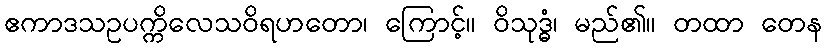
ဧကာဒသဥပက္ကိလေသဝိရဟတော၊ ကြောင့်။ ဝိသုဒ္ဓံ၊ မည်၏။ တထာ တေန